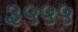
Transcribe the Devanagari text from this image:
३५५५